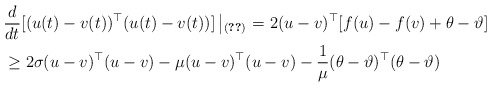
\begin{align*}&\frac{d}{dt}[(u(t)-v(t))^{\top}(u(t)-v(t))]\left|_{(\ref{r2})}\right.=2(u-v)^{\top}[f(u)-f(v)+\theta-\vartheta]\\&\ge{2\sigma}(u-v)^{\top}(u-v)-\mu (u-v)^{\top}(u-v)-\frac{1}{\mu}(\theta-\vartheta)^{\top}(\theta-\vartheta)\end{align*}